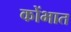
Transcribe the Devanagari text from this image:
कोंभात